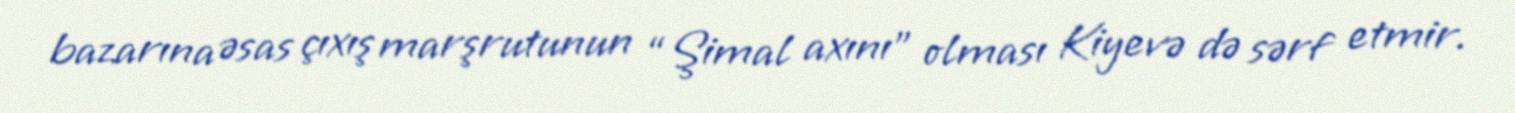
bazarına əsas çıxış marşrutunun “Şimal axını” olması Kiyevə də sərf etmir.